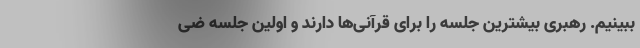
ببینیم. رهبری بیشترین جلسه را برای قرآنی‌ها دارند و اولین جلسه ضی